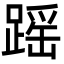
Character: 䠛